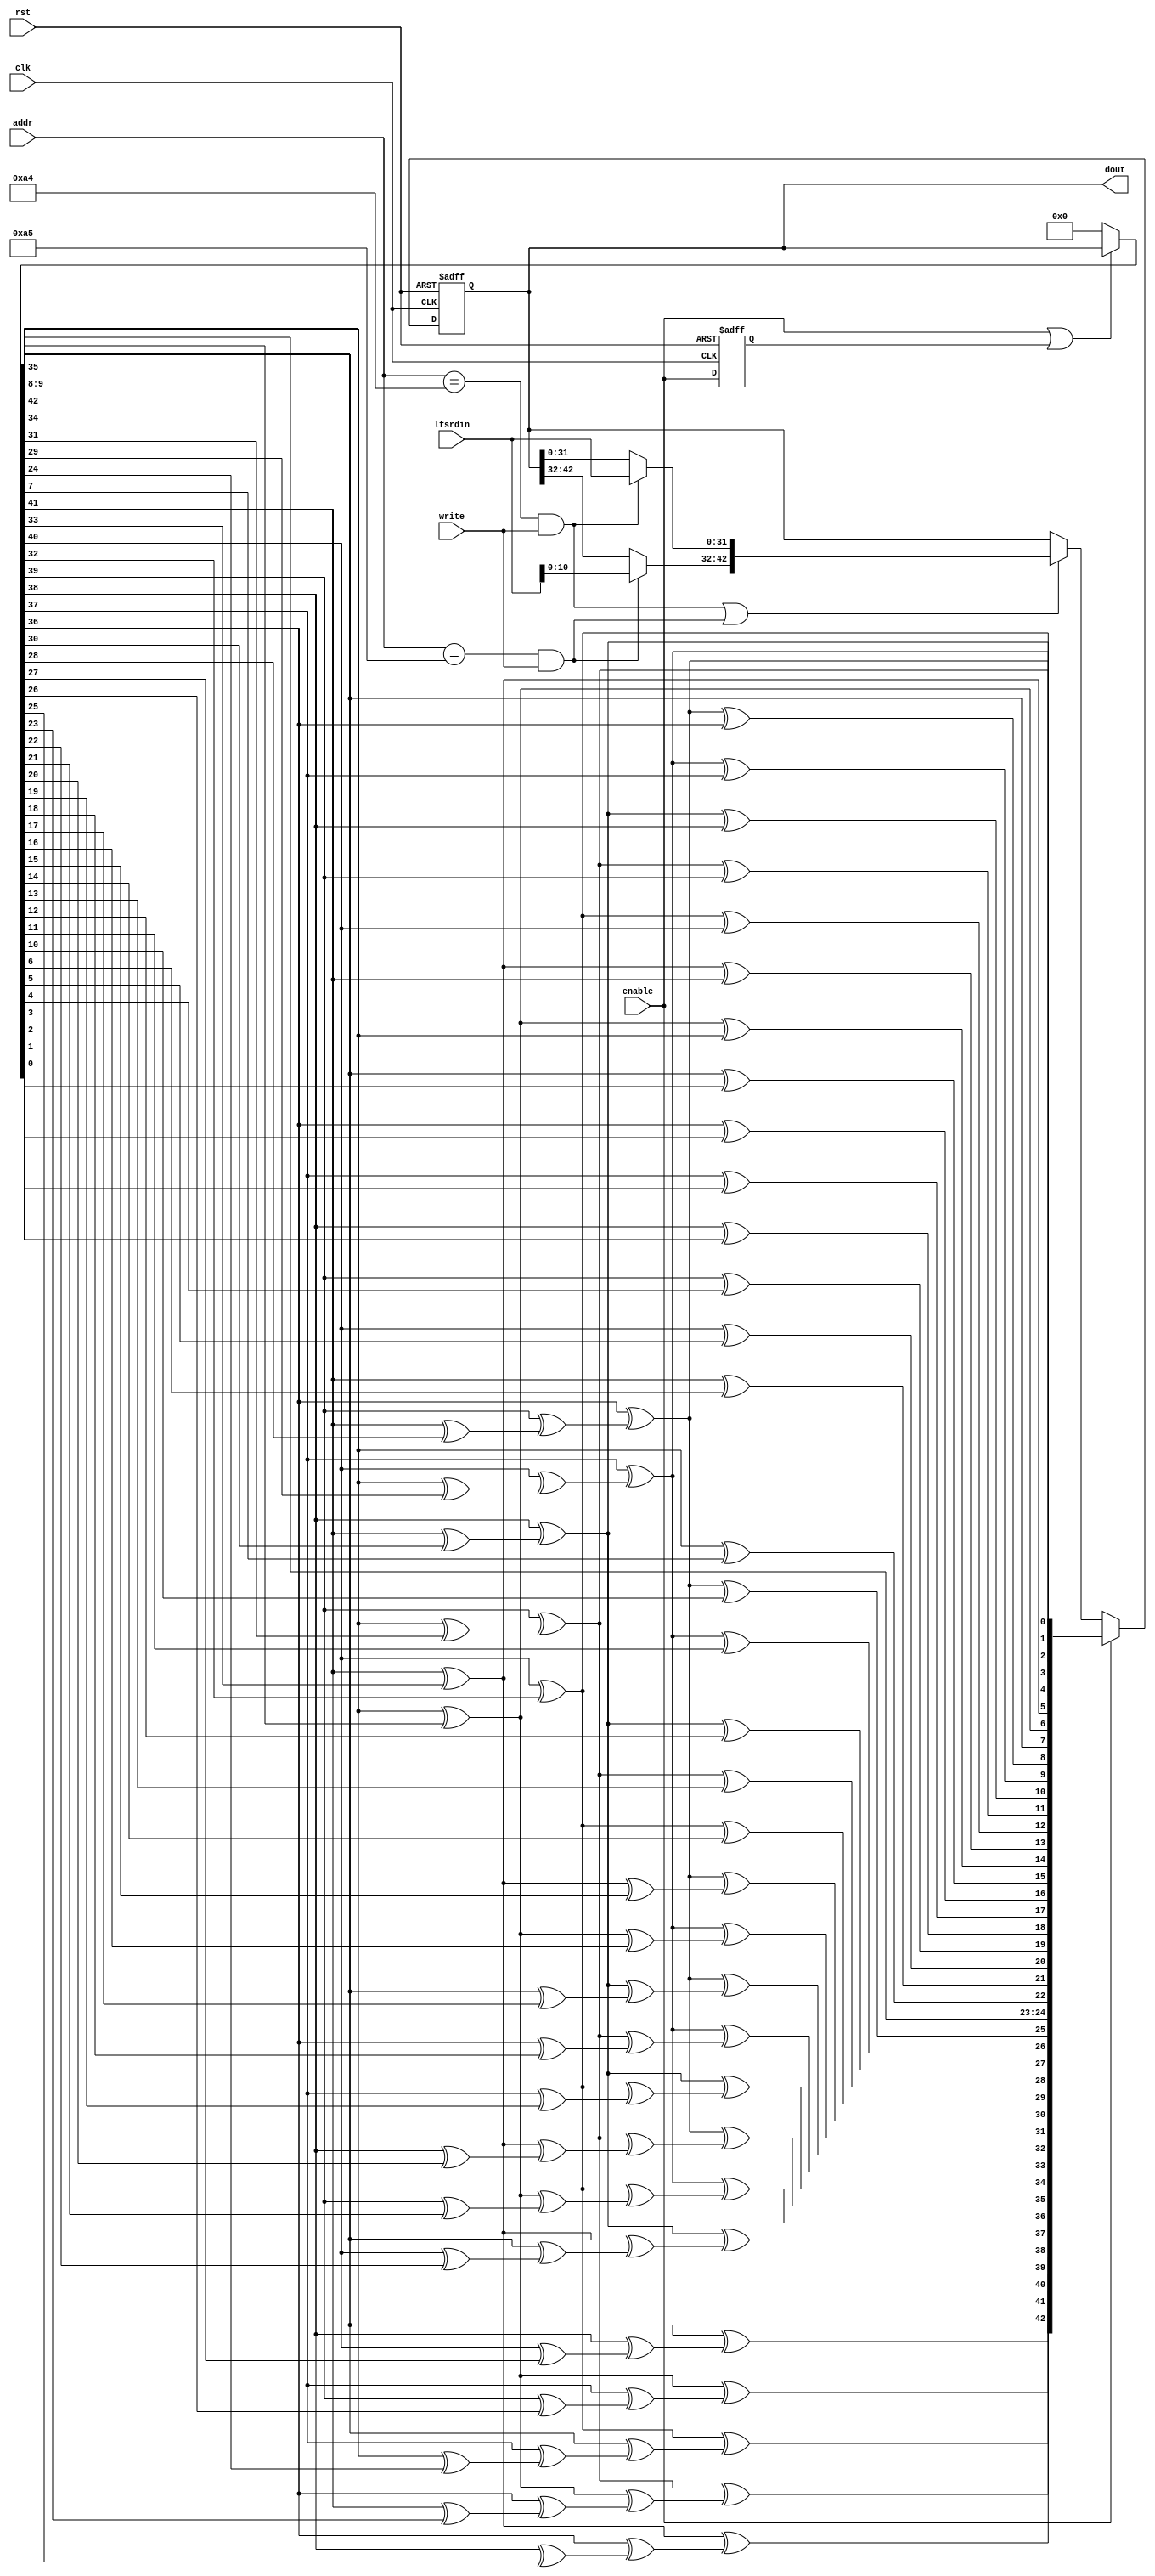
`timescale 1ns/10ps
module primary_lfsr_5 #(
parameter POLY_WIDTH = 43,
parameter NUM_OF_STEPS = 15
) 
(
input           clk,
input           rst,
input           enable,
input           write,
input    [11:0] addr,
input    [31:0] lfsrdin,
output   [(POLY_WIDTH-1):0] dout  
);

wire [(POLY_WIDTH-1):0] lfsr_ld_data_c;      
wire         lfsr_ld_c;
wire [(POLY_WIDTH-1):0] lfsr_reg_c;            
wire [(POLY_WIDTH-1):0] temp_c[(NUM_OF_STEPS-1):0],shift;  
reg  [(POLY_WIDTH-1):0] lfsr_reg;            
reg          enable_d;            
wire load_wrd_0 ,load_wrd_1;

assign shift = (enable | enable_d) ? lfsr_reg : 'h00000000000;
assign dout = lfsr_reg;

assign load_wrd_0 =  (addr == 12'h0a4) & write;  
assign load_wrd_1 =  (addr == 12'h0a5) & write;

assign lfsr_ld_data_c[   31:0] =  ( load_wrd_0  ) ? lfsrdin : lfsr_reg[   31:0];           
assign lfsr_ld_data_c[(POLY_WIDTH-1):32] =  ( load_wrd_1  ) ? lfsrdin : lfsr_reg[(POLY_WIDTH-1):32];           

assign lfsr_ld_c = ((load_wrd_0  | load_wrd_1 ));   


assign temp_c[0] = {shift[41:35],
                    shift[(POLY_WIDTH-1)]^shift[34],
                    shift[33:32],
                    shift[(POLY_WIDTH-1)]^shift[31],
                    shift[30],
                    shift[(POLY_WIDTH-1)]^shift[29],
                    shift[28:25],
                    shift[(POLY_WIDTH-1)]^shift[24],
                    shift[23:8],
                    shift[(POLY_WIDTH-1)]^shift[7],
                    shift[6:0],
                    shift[(POLY_WIDTH-1)]};

assign lfsr_reg_c = (enable) ? temp_c[14] : (lfsr_ld_c) ? lfsr_ld_data_c : lfsr_reg; 

genvar i;

generate
  for (i=1; i<=(NUM_OF_STEPS-1); i=i+1) begin:shifter
   assign temp_c[i] = {temp_c[i-1][41:35],
                       temp_c[i-1][(POLY_WIDTH-1)]^temp_c[i-1][34],
                       temp_c[i-1][33:32],
                       temp_c[i-1][(POLY_WIDTH-1)]^temp_c[i-1][31],
                       temp_c[i-1][30],
                       temp_c[i-1][(POLY_WIDTH-1)]^temp_c[i-1][29],
                       temp_c[i-1][28:25],
                       temp_c[i-1][(POLY_WIDTH-1)]^temp_c[i-1][24],
                       temp_c[i-1][23:8],
                       temp_c[i-1][(POLY_WIDTH-1)]^temp_c[i-1][7],
                       temp_c[i-1][6:0],
                       temp_c[i-1][(POLY_WIDTH-1)]};
  end
endgenerate

always @ ( posedge clk or posedge rst )
begin
  if (rst) 
  begin
    lfsr_reg     <= #1 43'h0000000000; 
    enable_d     <= #1 1'b0;
  end
  else
  begin
    enable_d <= #1 enable;
    lfsr_reg <= #1 lfsr_reg_c;
  end
end

endmodule